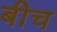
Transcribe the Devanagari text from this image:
बीच